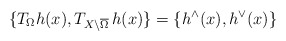
\begin{align*}\{T_{\Omega}h(x),T_{X\setminus\overline{\Omega}}\,h(x)\}=\{h^{\wedge}(x),h^{\vee}(x)\}\end{align*}